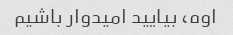
اوه، بیایید امیدوار باشیم